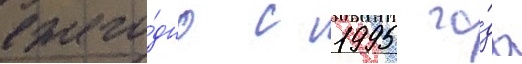
ежего́дно с 1995 го́да